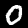
Label: 0